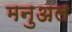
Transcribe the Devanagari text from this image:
मनुअल